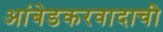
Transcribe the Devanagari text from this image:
आंबेडकरवादाची